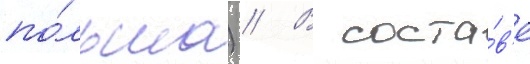
по́льша) // В соста́в'е